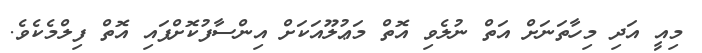
މިއީ އަދި މިހާތަނަށް އަތް ނުލެވި އޮތް މަޢުލޫއަކަށް އިންސާފުކޮށްފައި އޮތް ފިލްމެކެވެ.